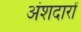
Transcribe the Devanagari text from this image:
अंशदारों